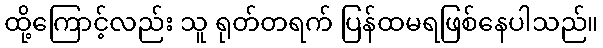
ထို့ကြောင့်လည်း သူ ရုတ်တရက် ပြန်ထမရဖြစ်နေပါသည်။